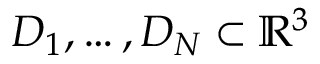
D _ { 1 } , \ldots , D _ { N } \subset \mathbb { R } ^ { 3 }